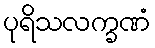
ပုရိသလက္ခဏံ